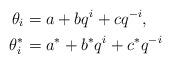
LaTeX: \begin{align*}\theta_i & = a + bq^i + cq^{-i}, \\\theta^*_i & = a^* + b^*q^i + c^*q^{-i} \end{align*}